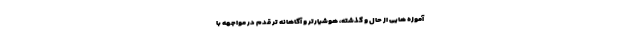
آموزه هایی از حال و گذشته، هوشیارتر و آگاهانه تر قدم در مواجهه با